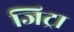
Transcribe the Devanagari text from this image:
जिट्रा